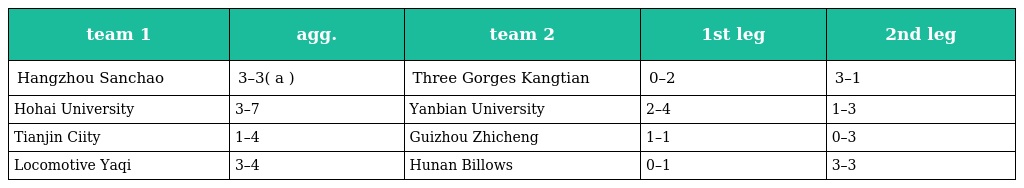
| team 1 | agg. | team 2 | 1st leg | 2nd leg |
 | --- | --- | --- | --- | --- |
 | Hangzhou Sanchao | 3–3( a ) | Three Gorges Kangtian | 0–2 | 3–1 |
 | Hohai University | 3–7 | Yanbian University | 2–4 | 1–3 |
 | Tianjin Ciity | 1–4 | Guizhou Zhicheng | 1–1 | 0–3 |
 | Locomotive Yaqi | 3–4 | Hunan Billows | 0–1 | 3–3 |